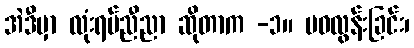
အဲဒီမှာ လုံးရပ်ညီညာ ဆိုတာက -၁။ မဝလွန်းခြင်း၊